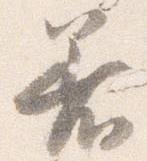
着